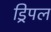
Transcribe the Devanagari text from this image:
ड्रिपल